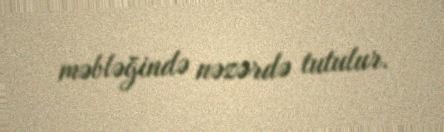
məbləğində nəzərdə tutulur.